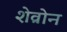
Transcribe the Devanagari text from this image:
शेव्रोन